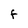
Character: F